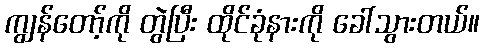
ကျွန်တော့်ကို တွဲပြီး ထိုင်ခုံနားကို ခေါ်သွားတယ်။